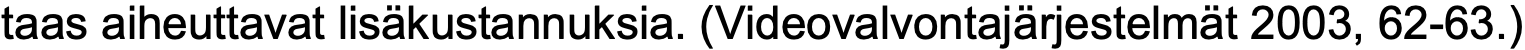
taas aiheuttavat lisäkustannuksia. (Videovalvontajärjestelmät 2003, 62-63.)